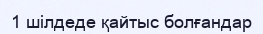
1 шілдеде қайтыс болғандар